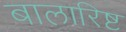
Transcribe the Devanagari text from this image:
बालारिष्ट